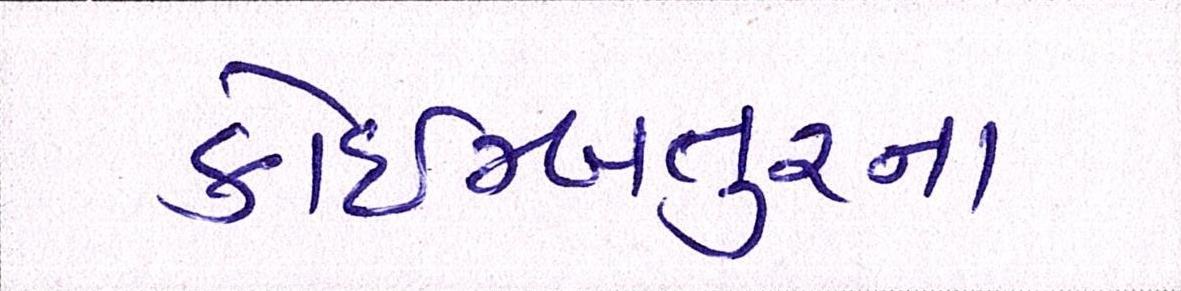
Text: કોઇમ્બતુરના